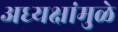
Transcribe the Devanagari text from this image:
अध्यक्षांमुळे